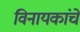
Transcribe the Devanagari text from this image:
विनायकांचे